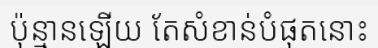
ប៉ុន្មានឡើយ តែសំខាន់បំផុតនោះ